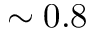
\sim 0 . 8